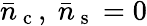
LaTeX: \bar{n}_{\mathrm{~c~}},\ \bar{n}_{\mathrm{~s~}}=0